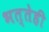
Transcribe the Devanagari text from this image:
भत्तेही